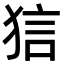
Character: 狺